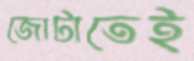
জোটাতেই